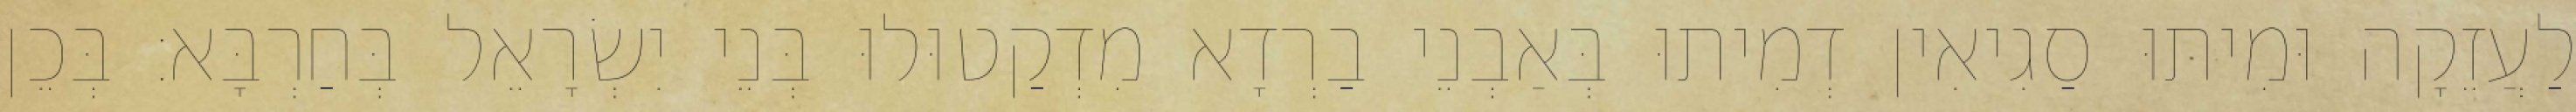
לַעֲזֵקָה וּמִיתוּ סַגִיאִין דְמִיתוּ בְּאַבְנֵי בַרְדָא מִדְקַטוּלוּ בְּנֵי יִשְׂרָאֵל בְּחַרְבָּא׃ בְּכֵן